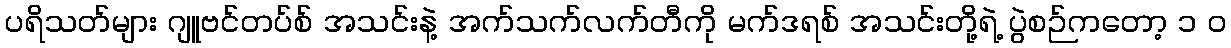
ပရိသတ်များ ဂျူဗင်တပ်စ် အသင်းနဲ့ အက်သက်လက်တီကို မက်ဒရစ် အသင်းတို့ရဲ့ ပွဲစဉ်ကတော့ ၁ ၀